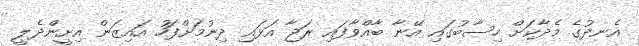
އެނދުގެ މެދާކަށް ހިސާބުގައި އޭނާ ބާއްވާފައި ރަޖާ އަޅައި ދިނުމަށްފަހު އައިޒަން އިށީންދެލީ